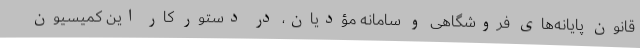
قانون پایانه‌های فروشگاهی و سامانه مؤدیان، در دستور کار این کمیسیون